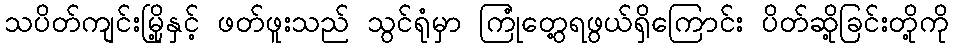
သပိတ်ကျင်းမြို့နှင့် ဖတ်ဖူးသည် သွင်ရုံမှာ ကြုံတွေ့ရဖွယ်ရှိကြောင်း ပိတ်ဆို့ခြင်းတို့ကို